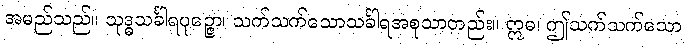
အမည်သည်။ သုဒ္ဓသင်္ခါရပုဉ္ဇော၊ သက်သက်သောသင်္ခါရအစုသာတည်း။ ဣဓ၊ ဤသက်သက်သော